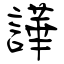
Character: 譁